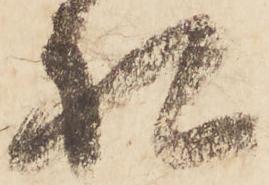
礼